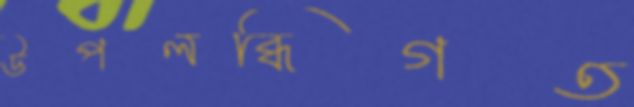
উপলব্ধিগত